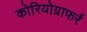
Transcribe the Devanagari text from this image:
कोरियोग्राफर्र